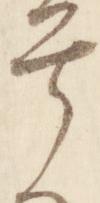
号